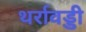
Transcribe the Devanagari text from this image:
थर्रावड्डी